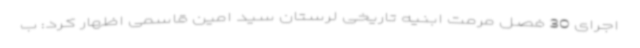
اجرای 30 فصل مرمت ابنیه تاریخی لرستان سید امین قاسمی اظهار کرد: ب